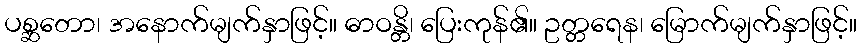
ပစ္ဆတော၊ အနောက်မျက်နှာဖြင့်။ ဓာဝန္တိ၊ ပြေးကုန်၏။ ဥတ္တရေန၊ မြောက်မျက်နှာဖြင့်။